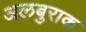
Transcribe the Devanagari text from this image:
अलबुराक